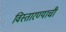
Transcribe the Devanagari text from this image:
विस्तारण्याची